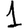
Digit: 1